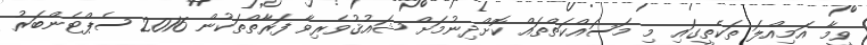
ވީމާ އަމިއްލަ ތަކެތީގައި މި މަސައްކަތްތައް ކޮށްދިނުމަށް ޝައުޤުވެރިވާ ފަރާތްތަކުން 2016 ސެޕްޓެންބަރު